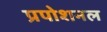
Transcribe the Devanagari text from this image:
प्रपोशनल